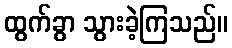
ထွက်ခွာ သွားခဲ့ကြသည်။